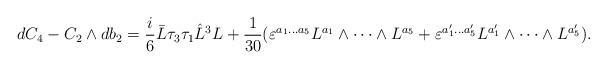
LaTeX: \begin{align*}dC_4-C_2\wedge db_2=\frac{i}{6}\bar{L} \tau_3\tau_1 \hat{L}^3 L +\frac{1}{30}(\varepsilon^{a_1...a_5}L^{a_1}\wedge \cdots \wedge L^{a_5}+\varepsilon^{a'_1 ...a'_5}L^{a'_1}\wedge \cdots \wedge L^{a'_5}).\end{align*}